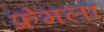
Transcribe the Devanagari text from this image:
फ्रेमला